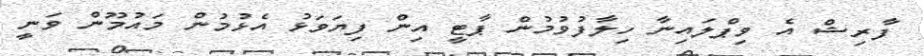
ފާރިޝް އެ ވިޕްލައިނާ ހިލާފުވުމުން ޕާޓީ އިން ފިޔަވަޅު އެޅުމުން މައުމޫން ވަނީ